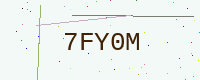
Text: 7FY0M